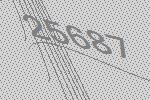
25687